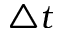
\triangle t